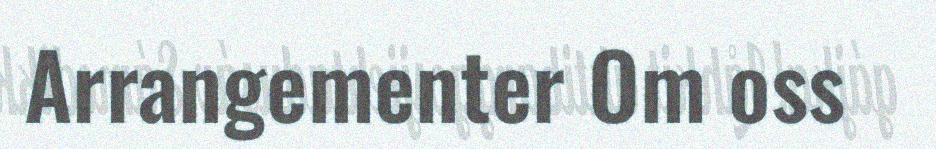
Arrangementer Om oss